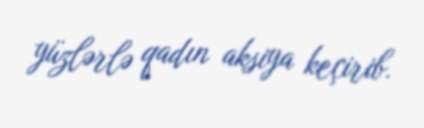
yüzlərlə qadın aksiya keçirib.